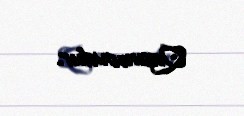
Qasımovdur.